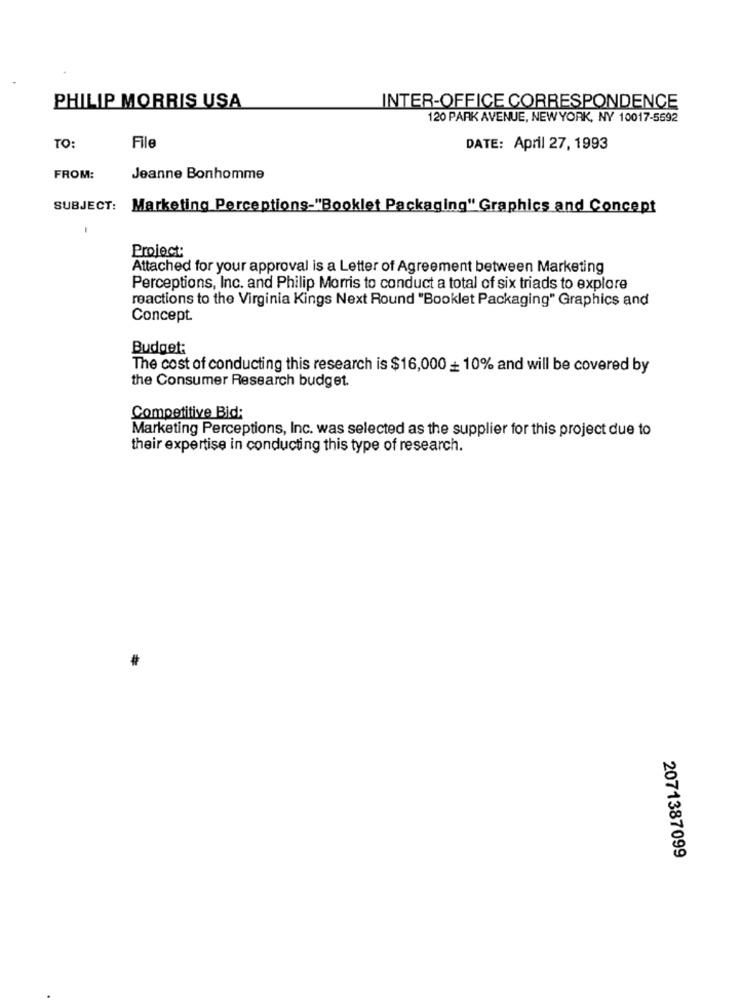
PHILLIP MORRIS USA
INTER-OFFICE CORRESPONDENCE
120 PARK AVENUE, NEWYORK, NY 10017-5592
File
TO:
DATE: April 27, 1993
FROM:
Jeanne Bonhomme
SUBJECT: Marketing Perceptions-"Booklet Packaging" Graphics and Concept
Project:
Attached for your approval is a Letter of Agreement between Marketing
Perceptions, Inc. and Philip Morris to conduct a total of six triads to explore
reactions to the Virginia Kings Next Round "Booklet Packaging" Graphics and
Concept
Budget:
The cost of conducting this research is $16,000 - 10% and will be covered by
the Consumer Research budget.
Competitive Bid:
Marketing Perceptions, Inc. was selected as the supplier for this project due to
their expertise in conducting this type of research.
2071387099